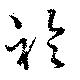
衿